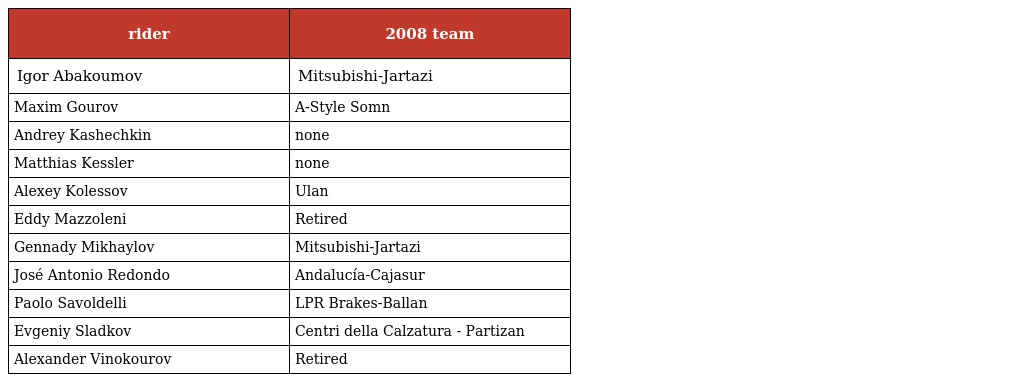
| rider | 2008 team |
 | --- | --- |
 | Igor Abakoumov | Mitsubishi-Jartazi |
 | Maxim Gourov | A-Style Somn |
 | Andrey Kashechkin | none |
 | Matthias Kessler | none |
 | Alexey Kolessov | Ulan |
 | Eddy Mazzoleni | Retired |
 | Gennady Mikhaylov | Mitsubishi-Jartazi |
 | José Antonio Redondo | Andalucía-Cajasur |
 | Paolo Savoldelli | LPR Brakes-Ballan |
 | Evgeniy Sladkov | Centri della Calzatura - Partizan |
 | Alexander Vinokourov | Retired |